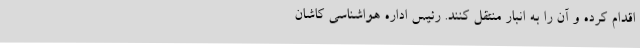
اقدام کرده و آن را به انبار منتقل کنند. رئیس اداره هواشناسی کاشان